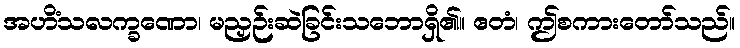
အဟိံသလက္ခဏော၊ မညှဉ်းဆဲခြင်းသဘောရှိ၏။ ဧတံ၊ ဤစကားတော်သည်။